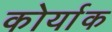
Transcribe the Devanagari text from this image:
कोर्याक